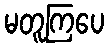
မတူကြပေ